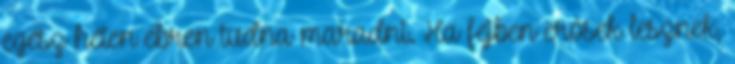
egész héten ébren tudna maradni. Ha fejben erősek lesznek,